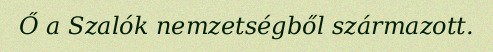
Ő a Szalók nemzetségből származott.